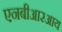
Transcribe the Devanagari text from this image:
एनबीआरआय